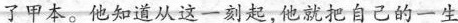
了甲本。他知道从这一刻起，他就把自己的一生